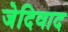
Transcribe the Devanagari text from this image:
जेदिवाद